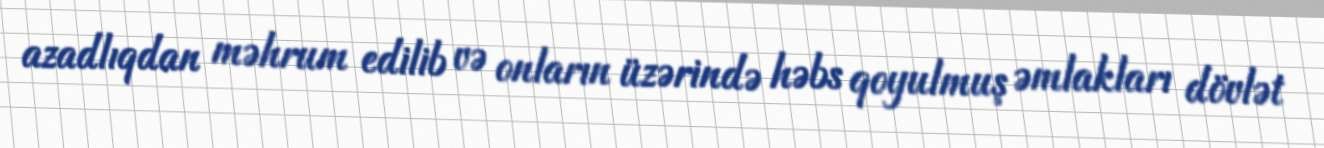
azadlıqdan məhrum edilib və onların üzərində həbs qoyulmuş əmlakları dövlət